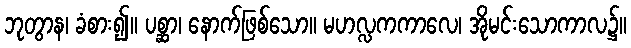
ဘုတွာန၊ ခံစား၍။ ပစ္ဆာ၊ နောက်ဖြစ်သော။ မဟလ္လကကာလေ၊ အိုမင်းသောကာလ၌။